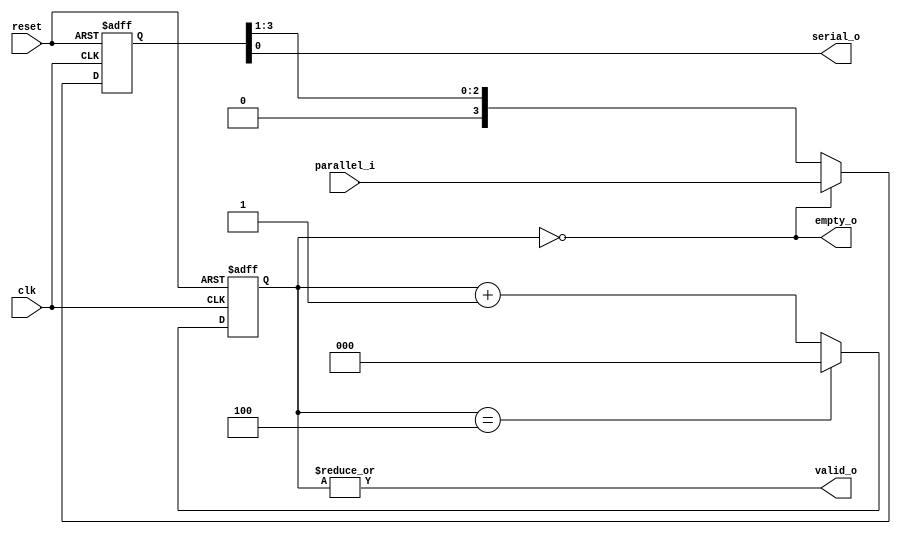
module day11 (
input clk,
input reset,
input [3:0] parallel_i,
output empty_o,
output serial_o,
output valid_o
);

reg [3:0] shift_ff;
reg [3:0] nxt_shift;

always @(posedge clk or posedge reset)
if (reset)
shift_ff <= 4'h0;
else
shift_ff <= nxt_shift;


assign nxt_shift = empty_o ? parallel_i :
{1'b0, shift_ff[3:1]};

assign serial_o = shift_ff[0];

reg [2:0] count_ff;
reg [2:0] nxt_count;

always @(posedge clk or posedge reset)
if (reset)
count_ff <= 3'h0;
else
count_ff <= nxt_count;


assign nxt_count = (count_ff == 3'h4) ? 3'h0 :
count_ff + 3'h1;


assign valid_o = |count_ff;

assign empty_o = (count_ff == 3'h0);

endmodule